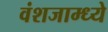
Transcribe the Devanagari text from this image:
वंशजाम्ध्ये